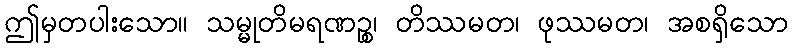
ဤမှတပါးသော။ သမ္မုတိမရဏဉ္စ၊ တိဿမတ၊ ဖုဿမတ၊ အစရှိသော